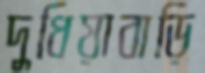
দুধিয়াবাড়ি